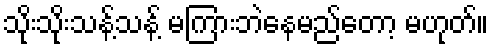
သိုးသိုးသန့်သန့် မကြားဘဲနေမည်တော့ မဟုတ်။